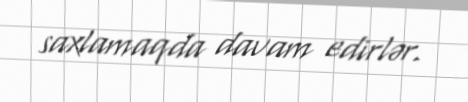
saxlamaqda davam edirlər.